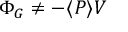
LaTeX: \Phi _ { G } \neq - \langle P \rangle V